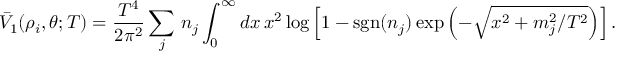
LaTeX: { \bar { V } } _ { 1 } ( \rho _ { i } , \theta ; T ) = { \frac { T ^ { 4 } } { 2 \pi ^ { 2 } } } \sum _ { j } \, n _ { j } \int _ { 0 } ^ { \infty } d x \, x ^ { 2 } \log \left[ 1 - \mathrm { s g n } ( n _ { j } ) \exp \left( - \sqrt { x ^ { 2 } + m _ { j } ^ { 2 } / T ^ { 2 } } \right) \right] .